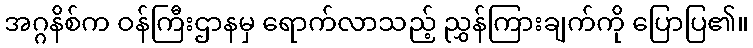
အဂ္ဂနိစ်က ဝန်ကြီးဌာနမှ ရောက်လာသည့် ညွှန်ကြားချက်ကို ပြောပြ၏။